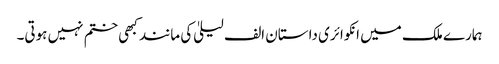
ہمارے ملک میں انکوائری داستان الف لیلیٰ کی مانند کبھی ختم نہیں ہوتی۔